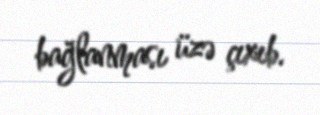
bağlanması üzə çıxıb.